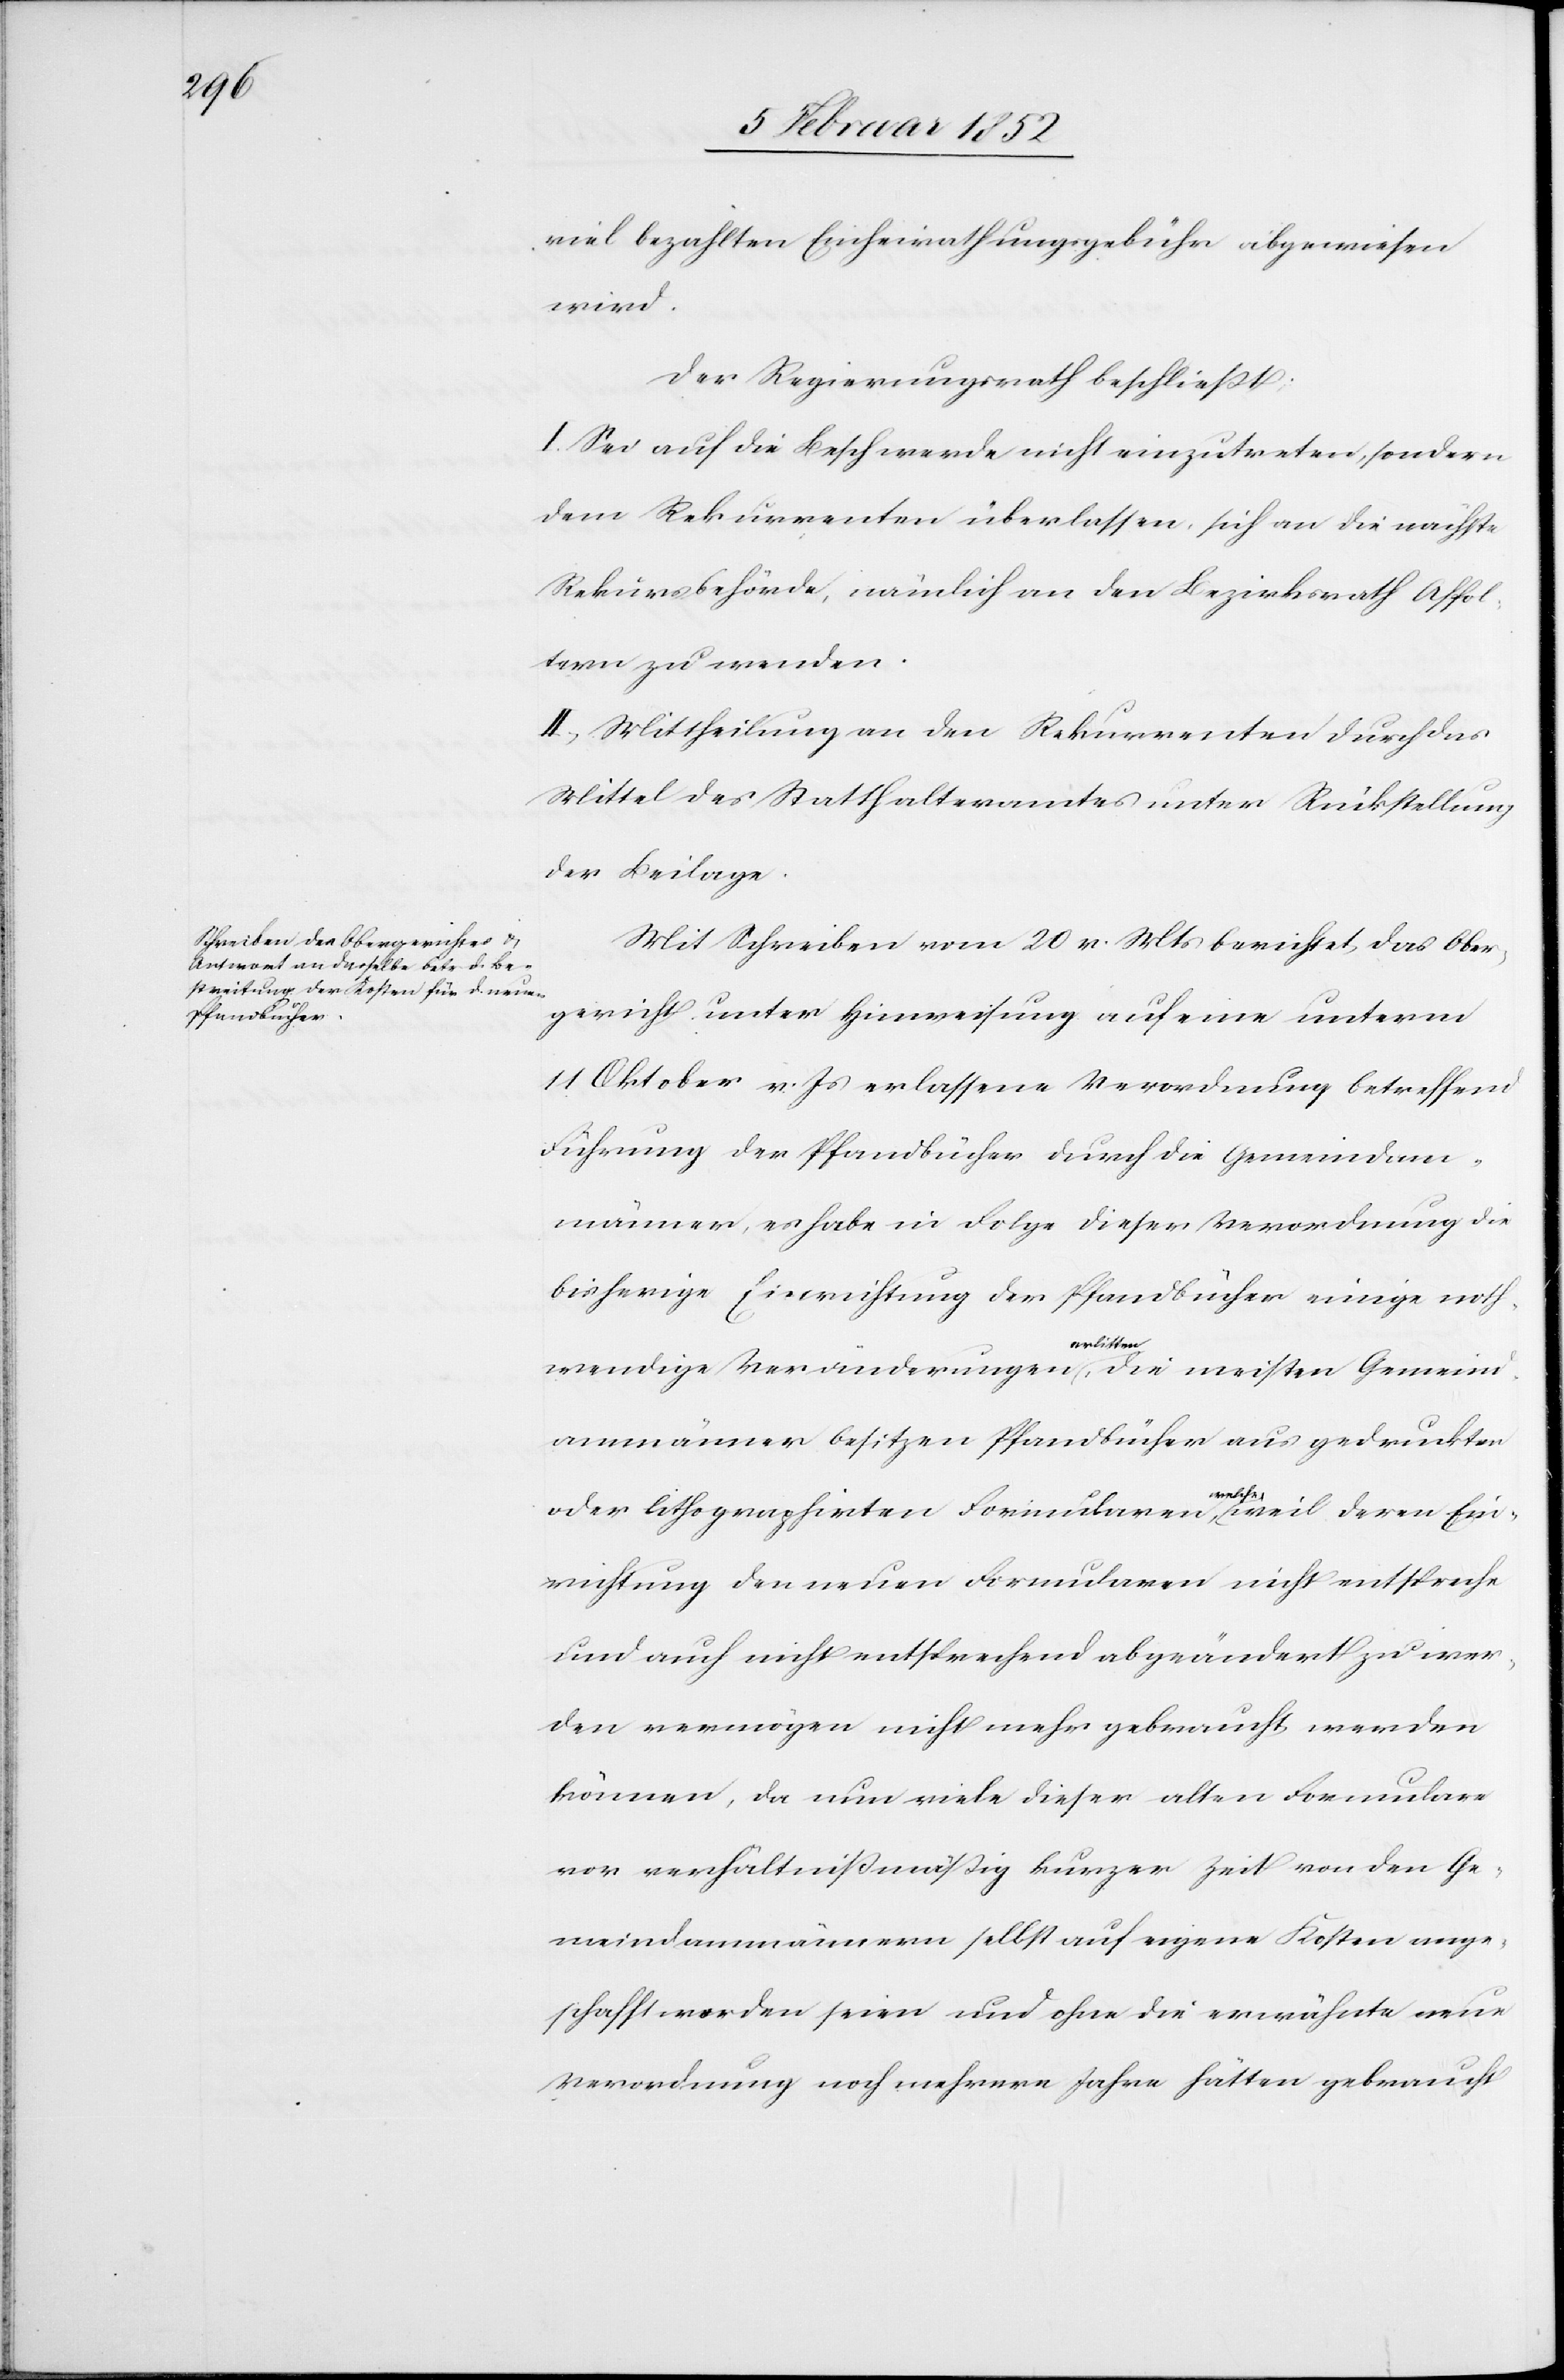
viel bezahlten Einheirathungsgebühr abgewiesen
wird.
Der Regierungsrath beschließt:
I. Sei auf die Beschwerde nicht einzutreten, sondern
dem Rekurrenten überlassen, sich an die nächste
Rekursbehörde, nämlich an den Bezirksrath Affol¬
tern zu wenden.
II. Mittheilung an den Rekurrenten durch das
Mittel des Statthalteramtes unter Rückstellung
der Beilage.
Mit Schreiben vom 20 v. Mts berichtet das Ober¬
gericht unter Hinweisung auf eine unterm
11 Oktober v. Js erlassene Verordnung betreffend
Führung der Pfandbücher durch die Gemeindam¬
männer, es habe in Folge dieser Verordnung die
bisherige Einrichtung der Pfandbücher einige noth¬
wendige Veränderungen erlitten, die meisten Gemeind¬
ammänner besitzen Pfandbücher aus gedruckten
oder lithographirten Formularen, welche, weil deren Ein¬
richtung den neuen Formularen nicht entspreche
und auch nicht entsprechend abgeändert zu wer¬
den vermögen, nicht mehr gebraucht werden
können, da nun viele dieser alten Formulare
vor verhältnißmäßig kurzer Zeit von den Ge¬
meindammännern selbst auf eigene Kosten ange¬
schafft worden seien und ohne die erwähnte neue
Verordnung noch mehrere Jahre hätten gebraucht